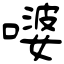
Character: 嘙